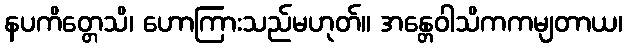
နပကိတ္တေသိ၊ ဟောကြားသည်မဟုတ်။ အန္တေဝါသိကကမျတာယ၊